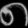
Digit: ၈